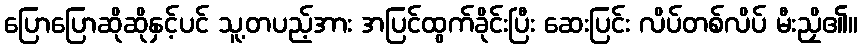
ပြောပြောဆိုဆိုနှင့်ပင် သူ့တပည့်အား အပြင်ထွက်ခိုင်းပြီး ဆေးပြင်း လိပ်တစ်လိပ် မီးညှိ၏။